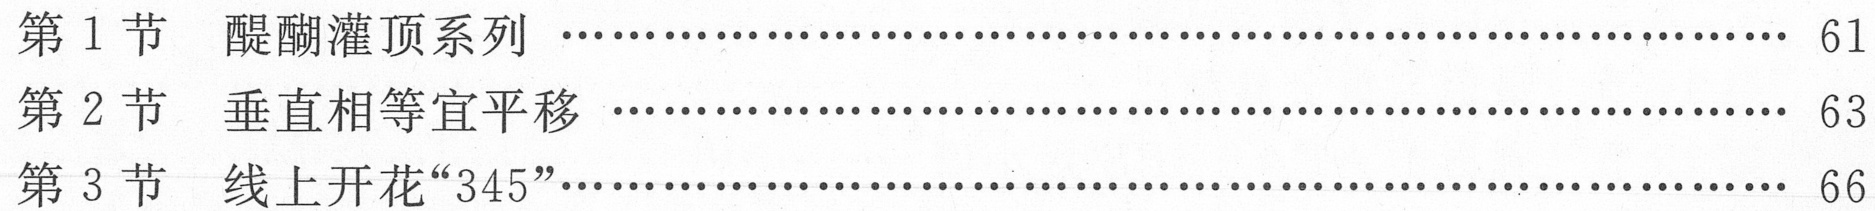
第1节  醍醐灌顶系列  …………………………………………………………… 61
第2节  垂直相等宜平移  …………………………………………………………… 63
第3节  线上开花“345”…………………………………………………………… 66